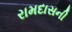
રામદાસની